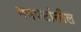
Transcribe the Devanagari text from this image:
भयपटांतील